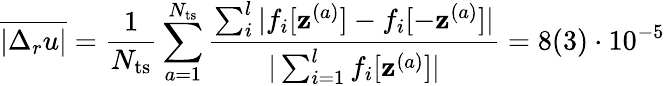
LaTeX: \overline{{|\Delta_{r}u|}}=\frac{1}{N_{\mathrm{ts}}}\sum_{a=1}^{N_{\mathrm{ts}}}\frac{\sum_{i}^{l}|{f}_{i}[\mathbf{z}^{(a)}]-{f}_{i}[-\mathbf{z}^{(a)}]|}{|\sum_{i=1}^{l}{f}_{i}[\mathbf{z}^{(a)}]|}=8(3)\cdot 10^{-5}